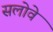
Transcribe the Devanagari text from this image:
सलोवे